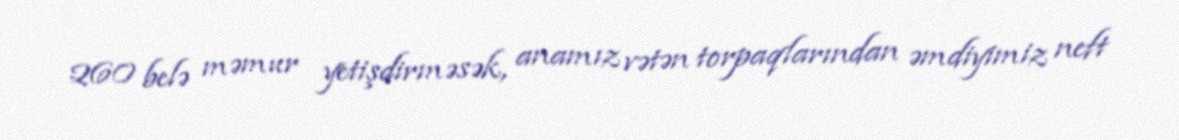
260 belə məmur yetişdirməsək, anamız vətən torpaqlarından əmdiyimiz neft